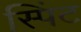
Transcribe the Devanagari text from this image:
स्पिंट